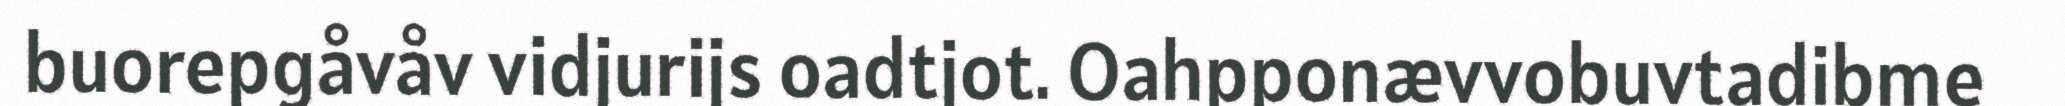
buorepgåvåv vidjurijs oadtjot. Oahpponævvobuvtadibme